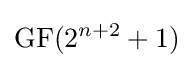
\mathrm {GF} (2^{n+2}+1)